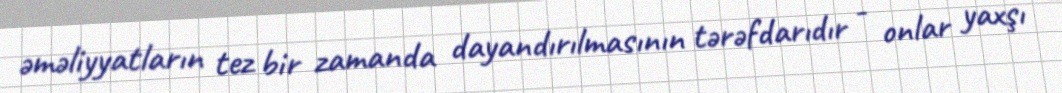
əməliyyatların tez bir zamanda dayandırılmasının tərəfdarıdır - onlar yaxşı